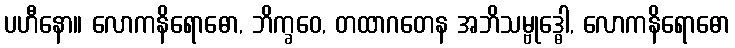
ပဟီနော။ လောကနိရောဓော, ဘိက္ခဝေ, တထာဂတေန အဘိသမ္ဗုဒ္ဓေါ, လောကနိရောဓော